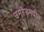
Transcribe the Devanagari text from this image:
उमरेडमधील